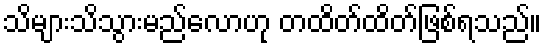
သိများသိသွားမည်လောဟု တထိတ်ထိတ်ဖြစ်ရသည်။